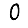
Digit: 0